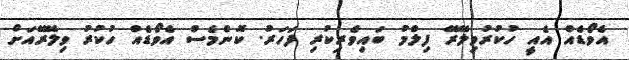
އެވޯޑެއް އެއީ ހުކުރުވިލޭރޭ ފިލްމު ބައިވެރިކުރި ފަހަރު. ކޮންމެސް އެވޯޑެއް ހުކުރު ވިލޭރޭއަށް